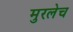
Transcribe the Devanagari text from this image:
मुरलेच